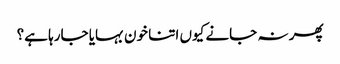
پھر نہ جانے کیوں اتنا خون بہایا جارہا ہے؟